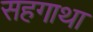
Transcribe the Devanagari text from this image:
सहगाथा